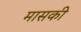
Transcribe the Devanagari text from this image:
मासकी